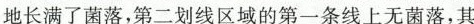
地长满了菌落，第二划线区域的第一条线上无菌落，其